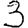
Digit: 3